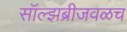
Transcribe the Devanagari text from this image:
सॉल्झब्रीजवळच